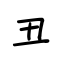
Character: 丑